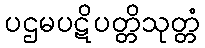
ပဌမပဋိပတ္တိသုတ္တံ